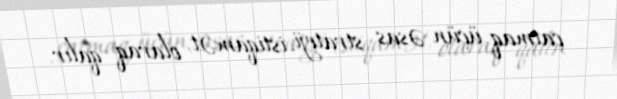
çatmaq üçün əsas strateji istiqamət, olaraq qalır.